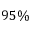
9 5 \%